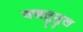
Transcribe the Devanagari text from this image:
वज्रतुमुल